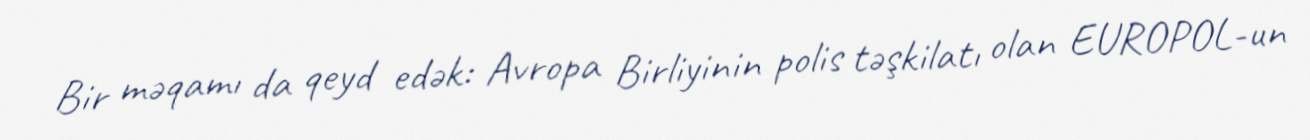
Bir məqamı da qeyd edək: Avropa Birliyinin polis təşkilatı olan EUROPOL-un